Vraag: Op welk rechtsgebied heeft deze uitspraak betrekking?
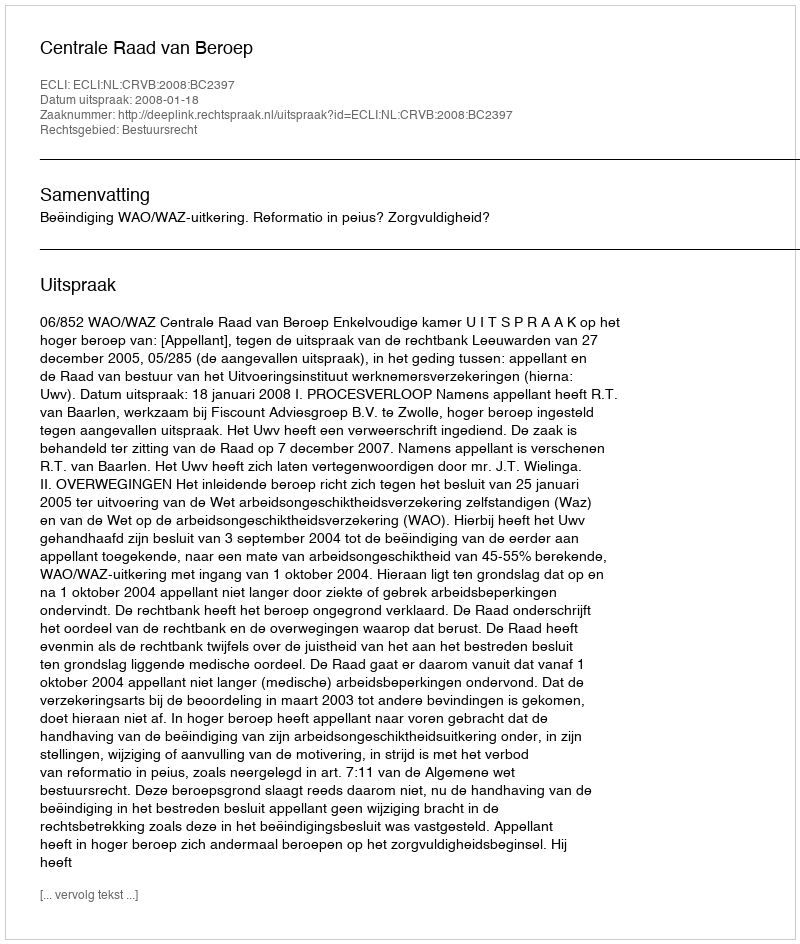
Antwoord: Bestuursrecht